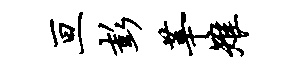
亘彭莘雉